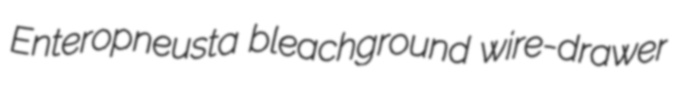
Enteropneusta bleachground wire-drawer